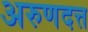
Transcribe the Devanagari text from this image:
अरुणदत्त